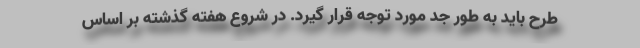
طرح باید به طور جد مورد توجه قرار گیرد. در شروع هفته گذشته بر اساس